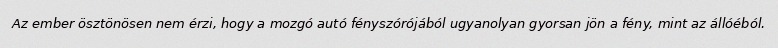
Az ember ösztönösen nem érzi, hogy a mozgó autó fényszórójából ugyanolyan gyorsan jön a fény, mint az állóéból.